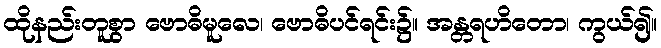
ထိုနည်းတူစွာ ဗောဓိမူလေ၊ ဗောဓိပင်ရင်း၌။ အန္တရဟိတော၊ ကွယ်၍။